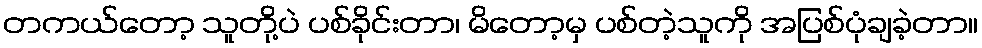
တကယ်တော့ သူတို့ပဲ ပစ်ခိုင်းတာ၊ မိတော့မှ ပစ်တဲ့သူကို အပြစ်ပုံချခဲ့တာ။